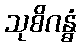
သုစိဂန္ဓံ